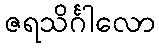
ဇရသိင်္ဂါလော